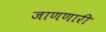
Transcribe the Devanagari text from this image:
जाणणारी